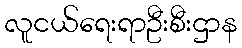
လူငယ်ရေးရာဦးစီးဌာန